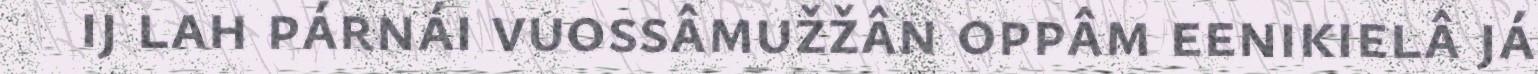
ij lah párnái vuossâmužžân oppâm eenikielâ já